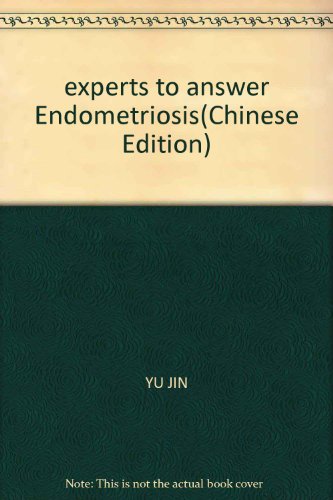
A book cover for experts to answer Endometriosis; YU JIN; Health, Fitness & Dieting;